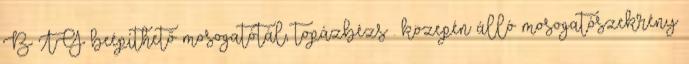
B TG beépíthető mosogatótál, topázbézs . közepén álló mosogatószekrény